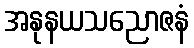
အနုနယသညောဇနံ